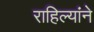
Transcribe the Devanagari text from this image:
राहिल्यांने